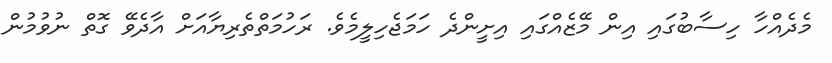
މެދެއްހާ ހިސާބުގައި އިން މޭޒެއްގައި އިށީންދެ ހަމަޖެހިލީމެވެ. ރަހުމަތްތެރިޔާއަށް އާދެވޭ ގޮތް ނުވުމުން